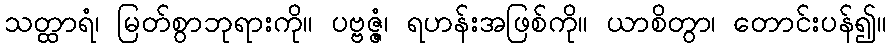
သတ္ထာရံ၊ မြတ်စွာဘုရားကို။ ပဗ္ဗဇ္ဇံ၊ ရဟန်းအဖြစ်ကို။ ယာစိတွာ၊ တောင်းပန်၍။